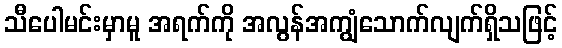
သီပေါမင်းမှာမူ အရက်ကို အလွန်အကျွံသောက်လျက်ရှိသဖြင့်